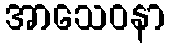
အာသေဝနာ